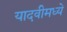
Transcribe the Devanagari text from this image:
यादवीमध्ये